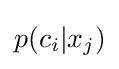
p(c_{i}|x_{j})